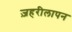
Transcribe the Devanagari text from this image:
ज़हरीलापन